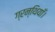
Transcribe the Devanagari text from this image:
ग्रन्थियाँ।